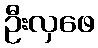
ဦးလှဖေ